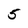
Character: 5